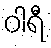
ဝါရီ